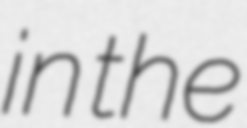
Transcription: in the